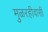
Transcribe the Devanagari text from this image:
मुळरहीवासी